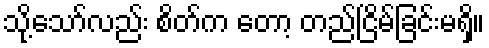
သို့သော်လည်း စိတ်က တော့ တည်ငြိမ်ခြင်းမရှိ။